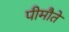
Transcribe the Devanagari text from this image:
पीमौते